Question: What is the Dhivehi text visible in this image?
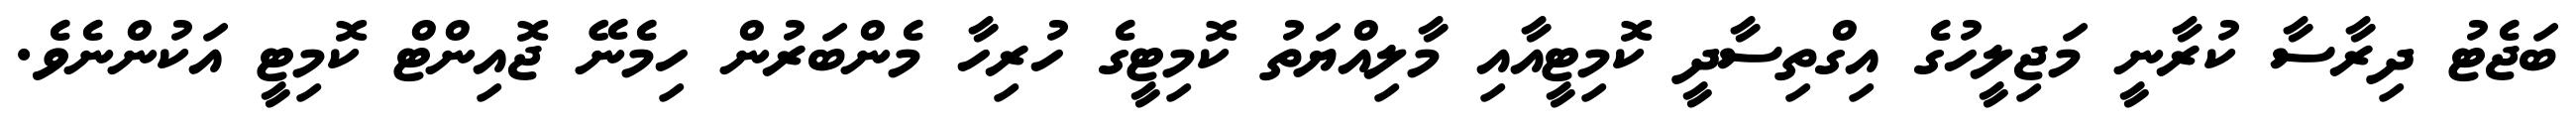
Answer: ބަޖެޓު ދިރާސާ ކުރާނީ މަޖިލީހުގެ އިގްތިސާދީ ކޮމިޓީއާއި މާލިއްޔަތު ކޮމިޓީގެ ހުރިހާ މެންބަރުން ހިމެނޭ ޖޮއިންޓް ކޮމިޓީ އަކުންނެވެ.